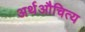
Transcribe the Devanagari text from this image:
अर्थऔचित्य